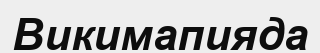
Викимапияда